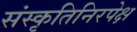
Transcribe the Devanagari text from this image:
संस्कृतिनिरपेक्ष